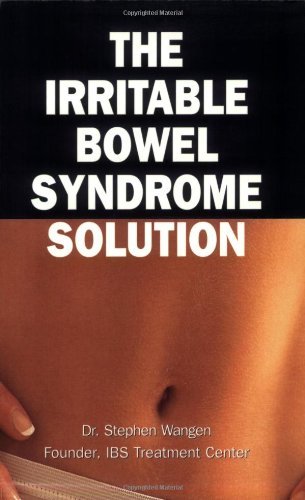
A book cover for The Irritable Bowel Syndrome Solution: How It's Cured at the IBS Treatment Center [Paperback] [2006] (Author) Stephen Wangen; Health, Fitness & Dieting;